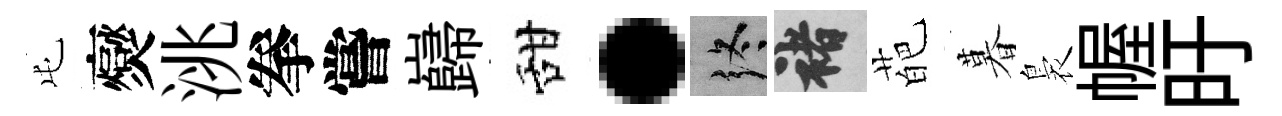
屯爕洮拳嘗巋甜·终褚葩暮裊幄旴